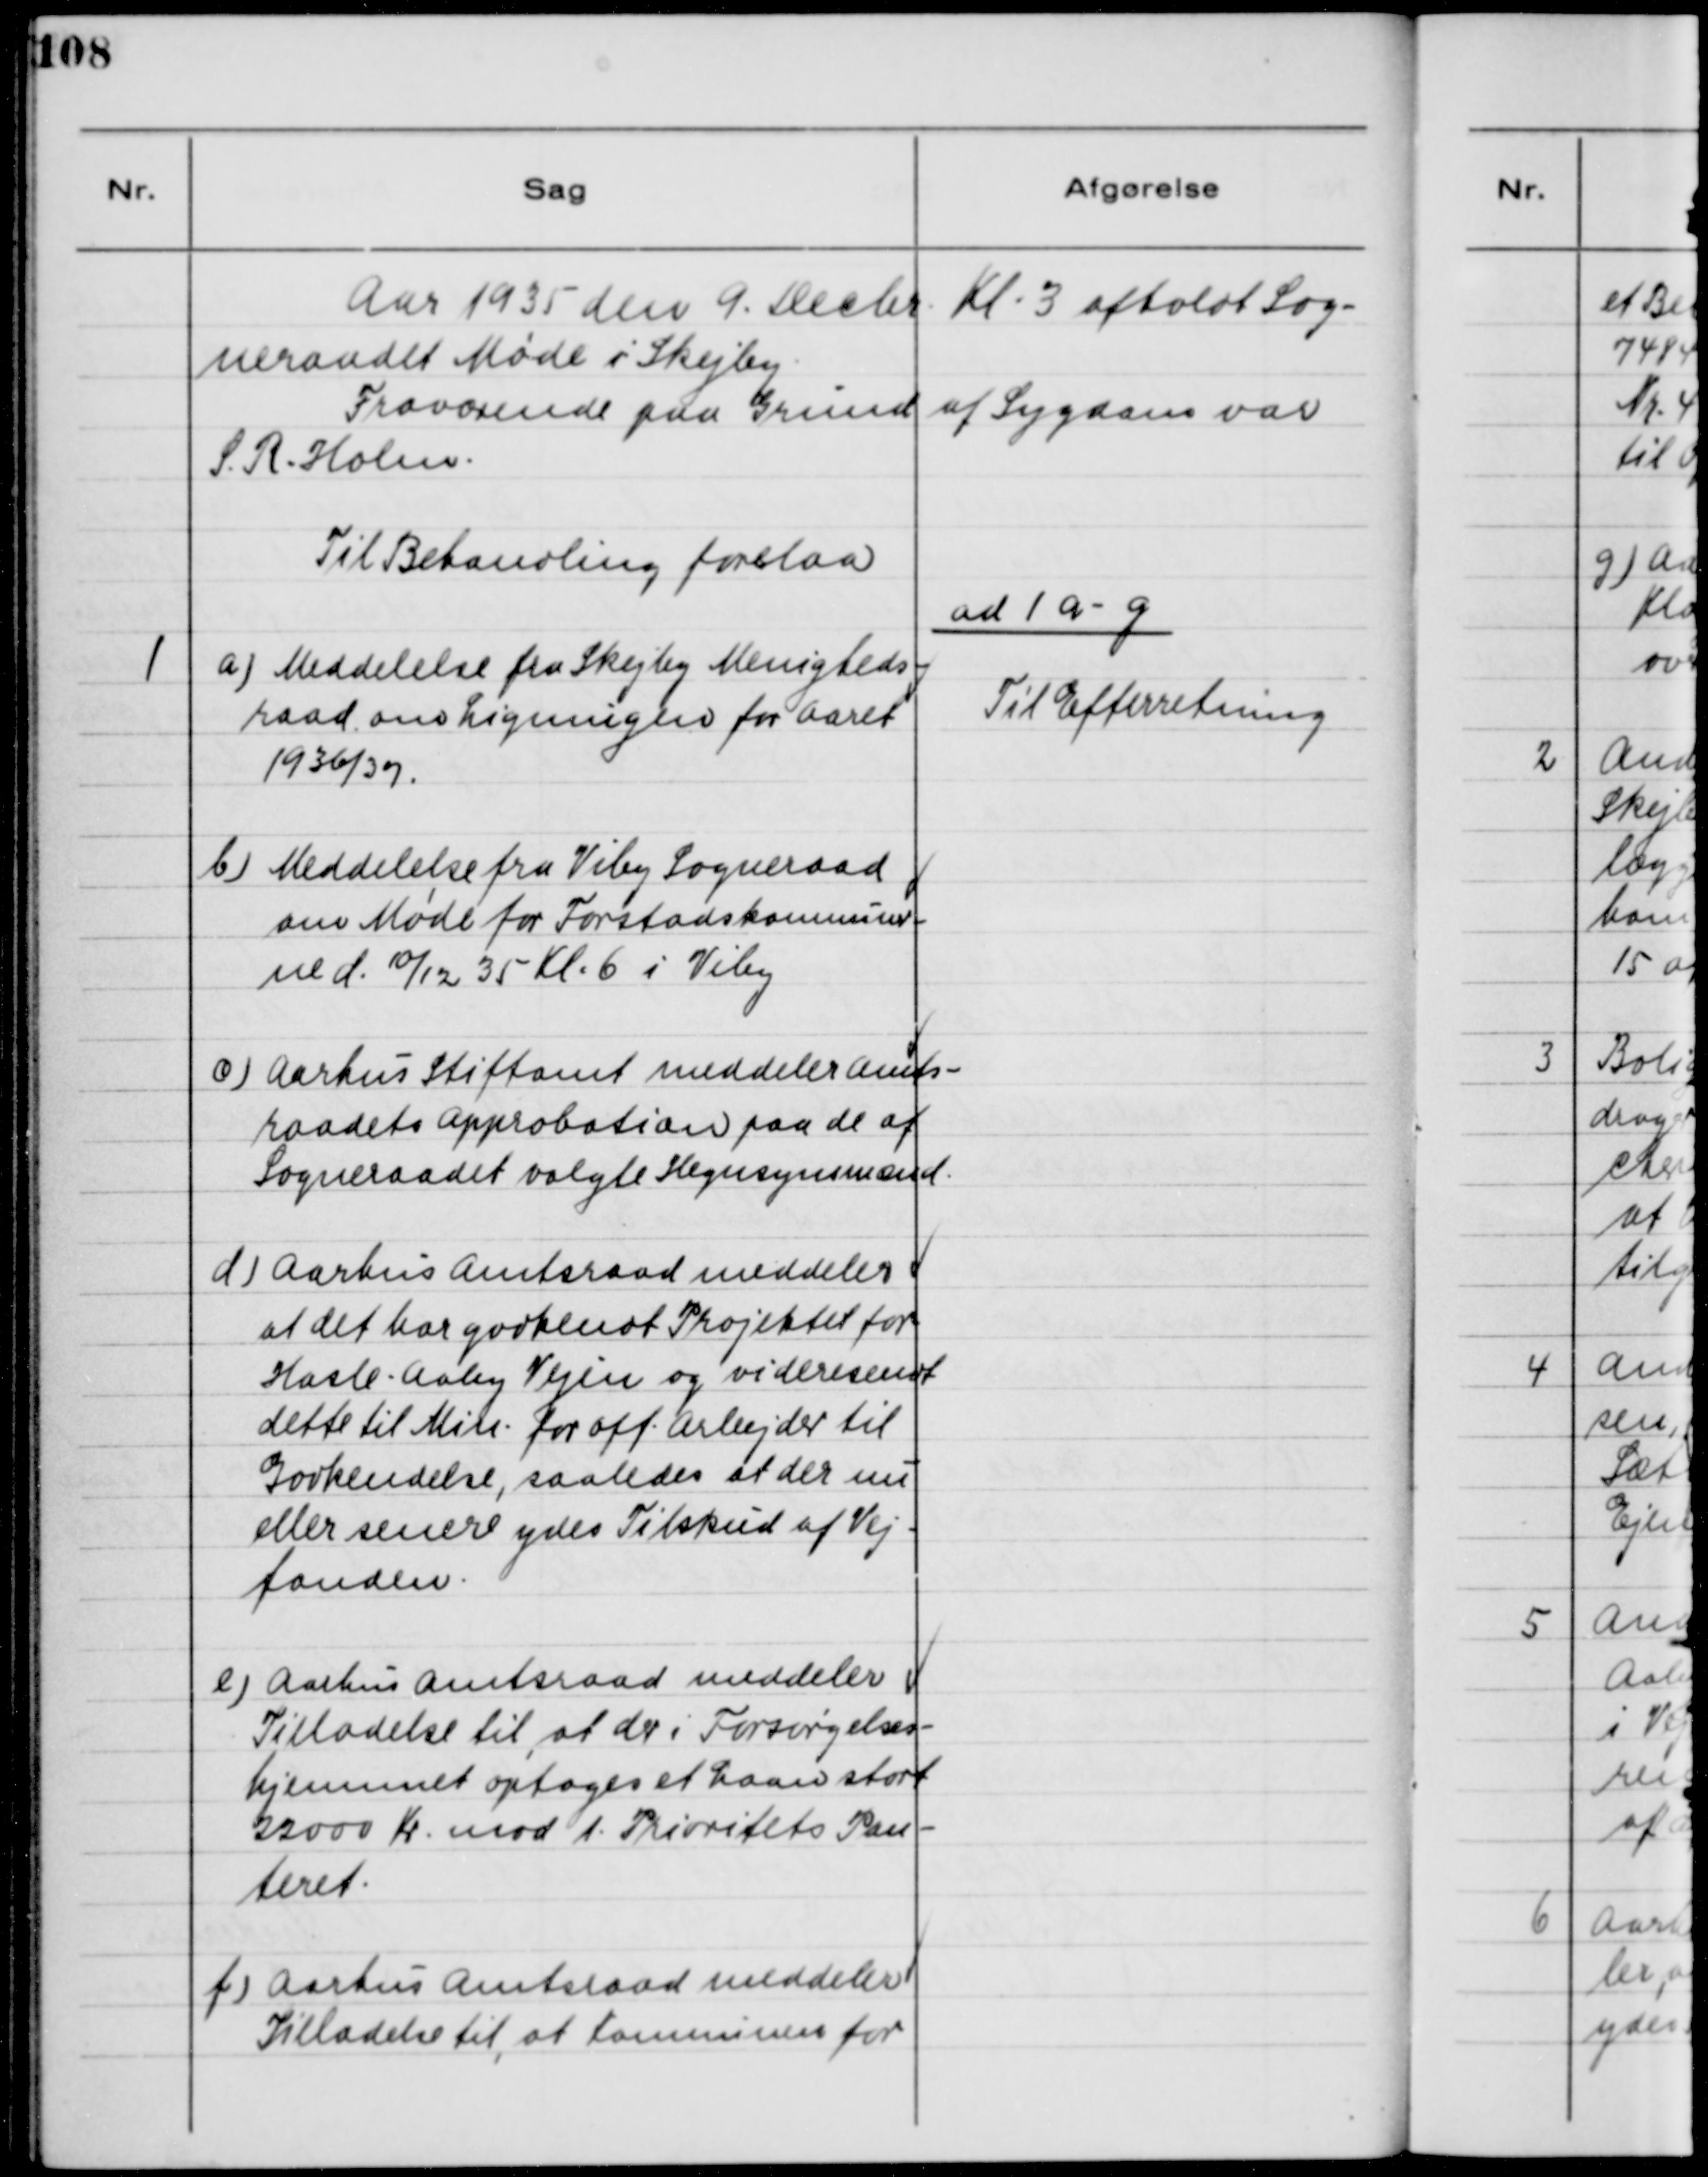
Transskription:
Aar 1935 den 9. Marts Kl. 3 afholdt Sog-
neraadet Møde i Skejby.
Fraværende paa Grund af Sygdom var
S.R. Holm.
Til Behandling forelaa.
ad. 1 a-g
1
a) Meddelelse fra Skejby Menigheds-
raad om Ligningen for Aaret
1936/37.
Til Efterretning.
b) Meddelelse fra Viby Sogneraad
om Møde for Forstadskommuner-
ne d. 10/12 35 Kl. 6 i Viby
c) Aarhus Stiftamt meddeler Amts-
raadets Approbation paa de af 
Sogneraadet valgte Hegnsynsmænd.
d) Aarhus Amtsraad meddeler
at det har godkendt Projektet for
Hasle-Aaby Vejen og videresendt
dette til Min. for off. Arbejder til 
Godkendelse, saaledes at der nu
eller senere ydes Tilskud af Vej-
fonden.
e) Aarhus Amtsraad meddeler
Tilladelse til, at der i Forsørgelses-
hjemmet optages et Laan stort
22000 Kr mod 1. Prioritets Pan-
teret.
f) Aarhus Amtsraad meddeler
Tilladelse til, at Kommisionen for